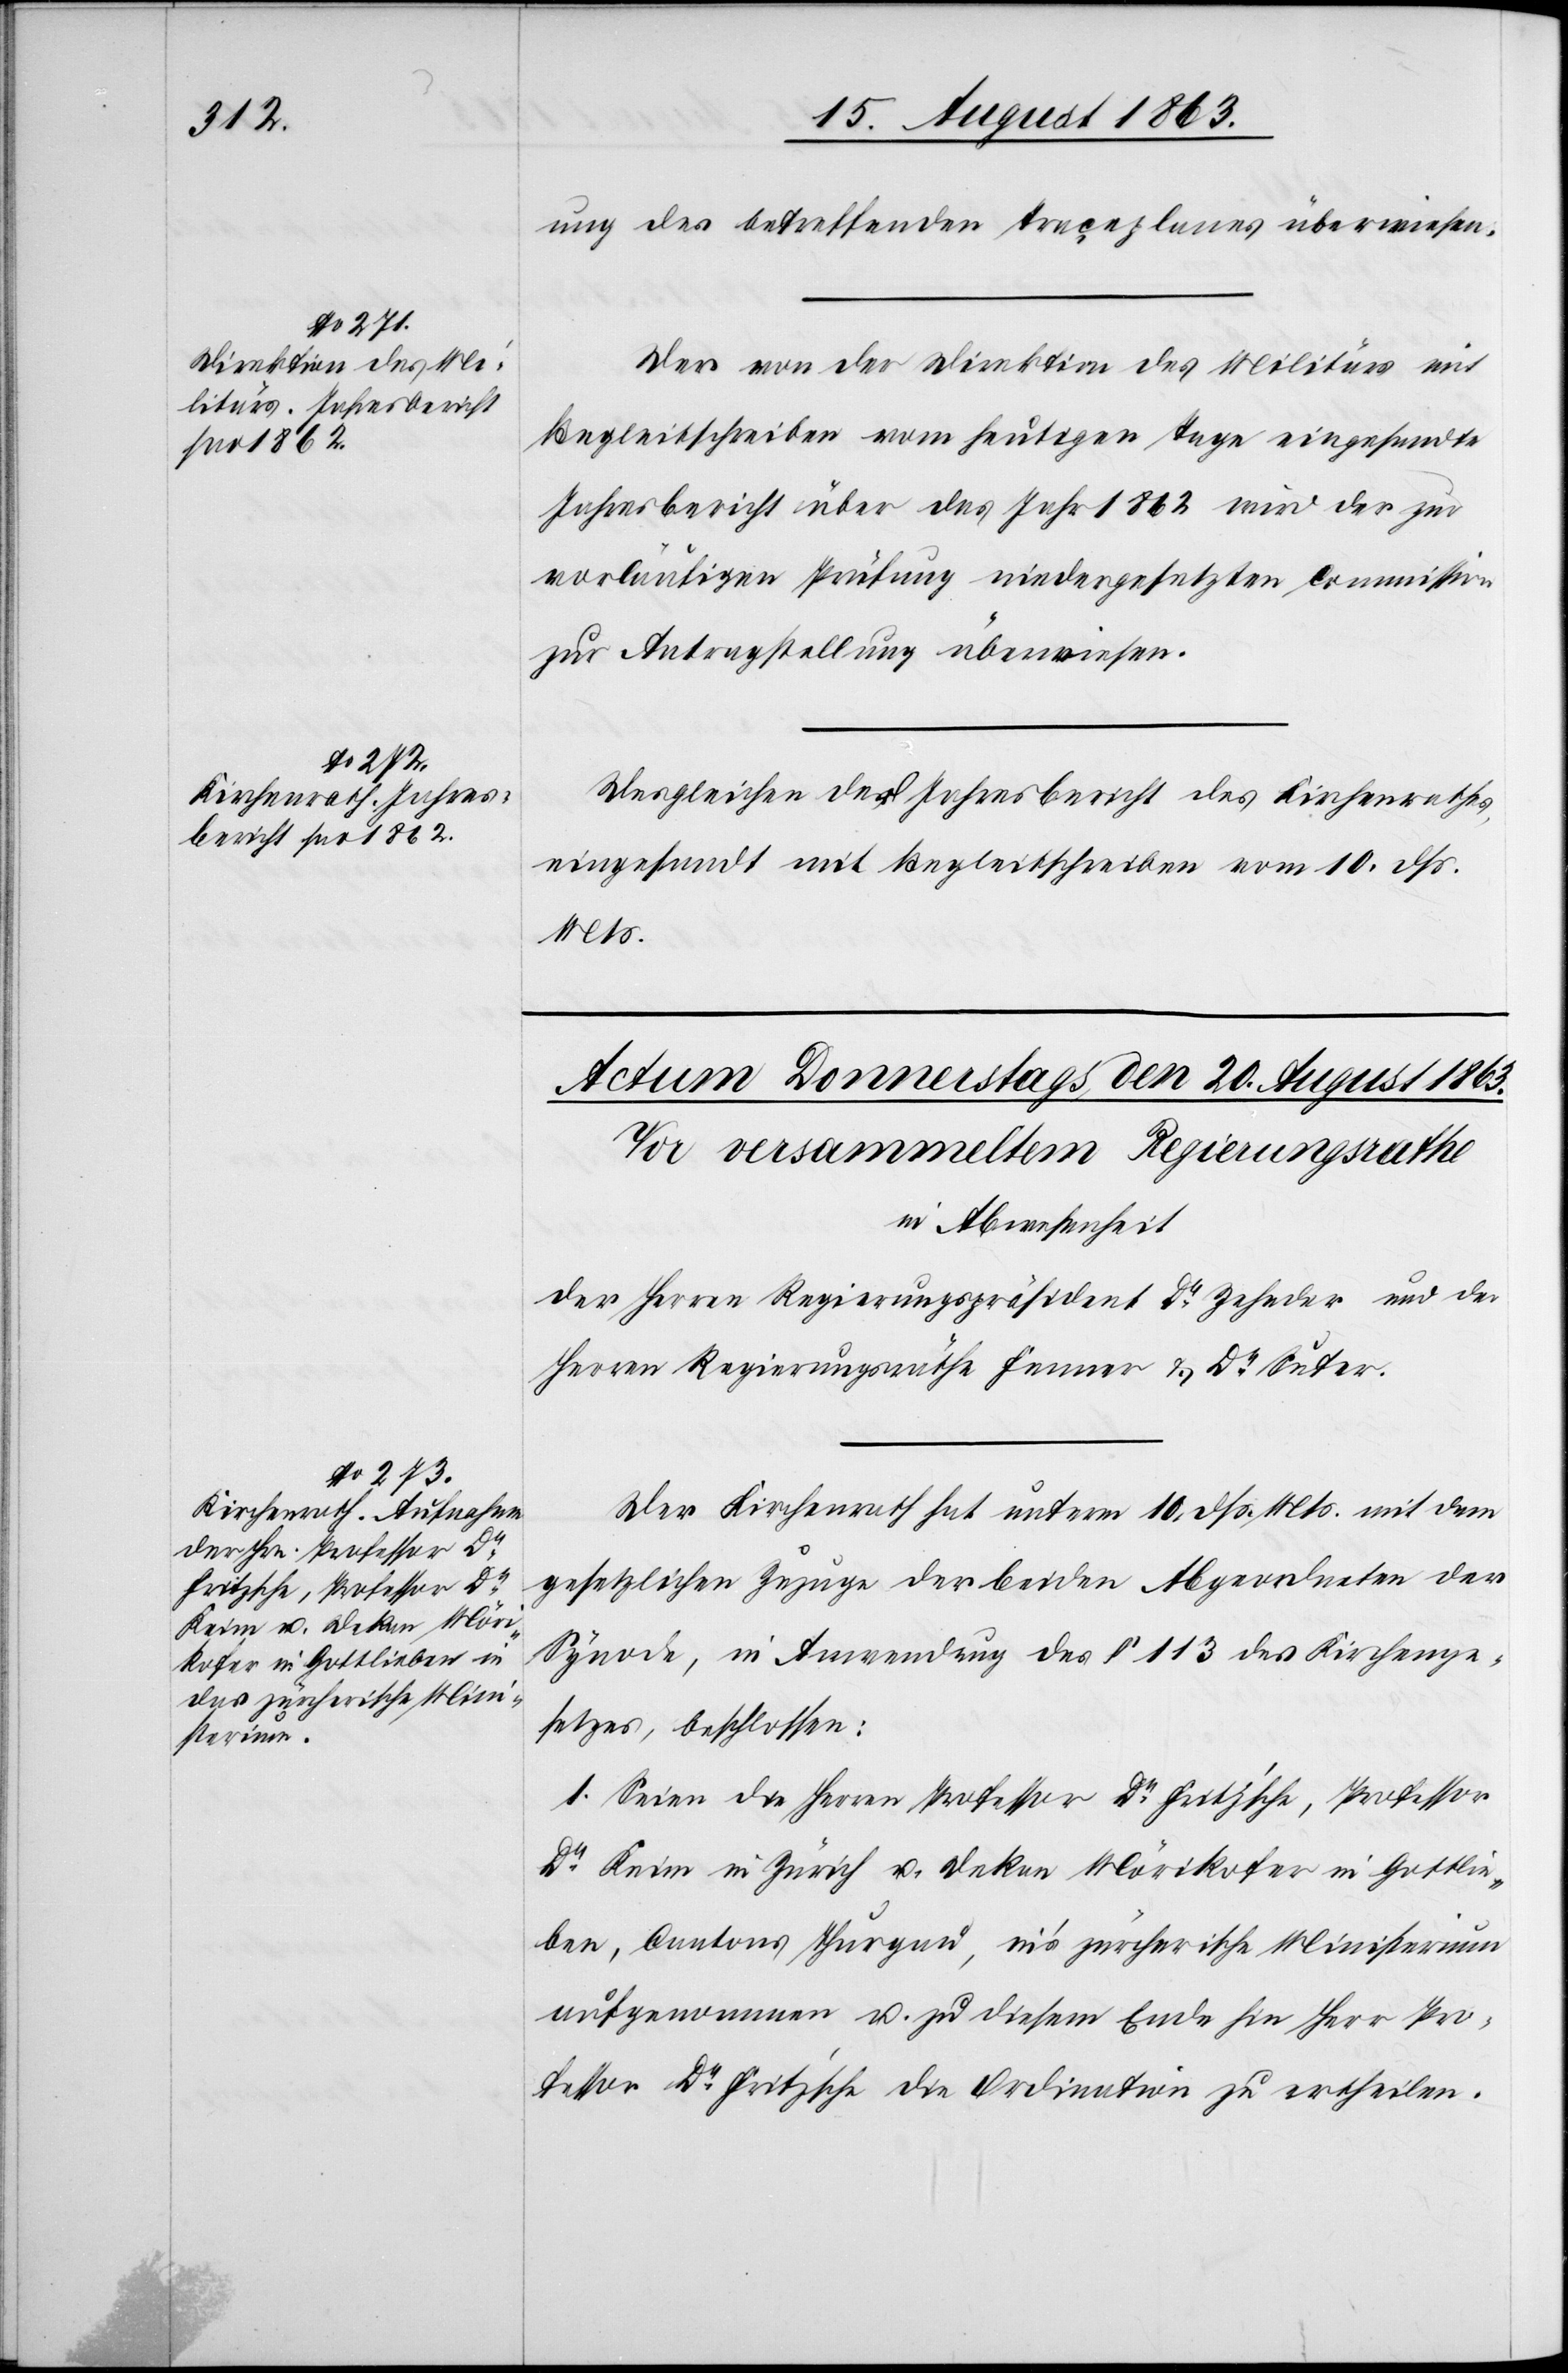
ung des betreffenden Traçeplanes überwiesen.
Der von der Direktion des Militärs mit
Begleitschreiben vom heutigen Tage eingesandte
Jahresbericht über das Jahr 1862 wird der zur
vorläufigen Prüfung niedergesetzten Commission
zur Antragstellung überwiesen.
Desgleichen der Jahresbericht des Kirchenrathes,
eingesandt mit Begleitschreiben vom 10. dß.
Mts.
Der Kirchenrath hat unterm 10. dß. Mts. mit dem
gesetzlichen Zuzuge der beiden Abgeordneten der
Synode, in Anwendung des § 113 des Kirchenge¬
setzes, beschlossen:
1. Seien die Herren Professor Dr Fritzs'che [sic!], Professor
Dr Keim in Zürich u. Dekan Mörikofer in Gottlie¬
ben, Cantons Thurgau, in's zürcherische Ministerium
aufgenommen u. zu diesem Ende hin Herr Pro¬
fessor Dr Fritz'sche die Ordination zu ertheilen.